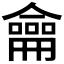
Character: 龠